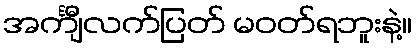
အင်္ကျီလက်ပြတ် မဝတ်ရဘူးနဲ့။